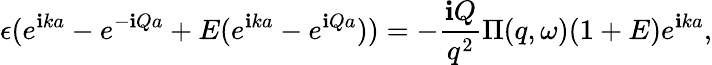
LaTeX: \epsilon(e^{\mathbf{i}ka}-e^{-\mathbf{i}Qa}+E(e^{\mathbf{i}ka}-e^{\mathbf{i}Qa}))=-\frac{{\mathbf{i}Q}}{{q^{2}}}\Pi(q,\omega)(1+E)e^{\mathbf{i}ka},